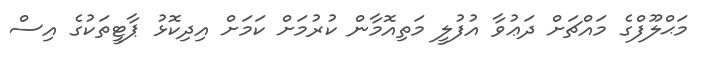
މަޙްލޫފްގެ މައްޗަށް ދަޢުވާ އުފުލީ މަތިއޮމާން ކުރުމަށް ކަމަށް އިދިކޮޅު ޕާޓީތަކުގެ އިސް